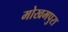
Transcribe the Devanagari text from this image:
मोखमपुरा